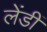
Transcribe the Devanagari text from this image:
लेंडीं